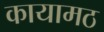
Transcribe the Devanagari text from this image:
कायामठ